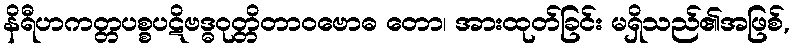
နိရီဟကတ္တပစ္စပဋိဗဒ္ဓဝုတ္တိတာဝဗောဓ တော၊ အားထုတ်ခြင်း မရှိသည်၏အဖြစ်,